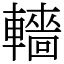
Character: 轖